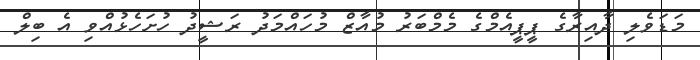
މަޑަވެލި ދާއިރާގެ ޕީޕީއެމްގެ މެމްބަރު މުއާޒް މުހައްމަދު ރަޝީދު ހުށަހެޅުއްވި އެ ބިލް